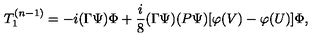
T _ { 1 } ^ { ( n - 1 ) } = - i ( \Gamma \Psi ) \Phi + \frac { i } { 8 } ( \Gamma \Psi ) ( P \Psi ) [ \varphi ( V ) - \varphi ( U ) ] \Phi ,